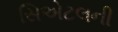
સિએટલની